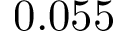
0 . 0 5 5